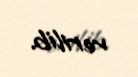
verilib.